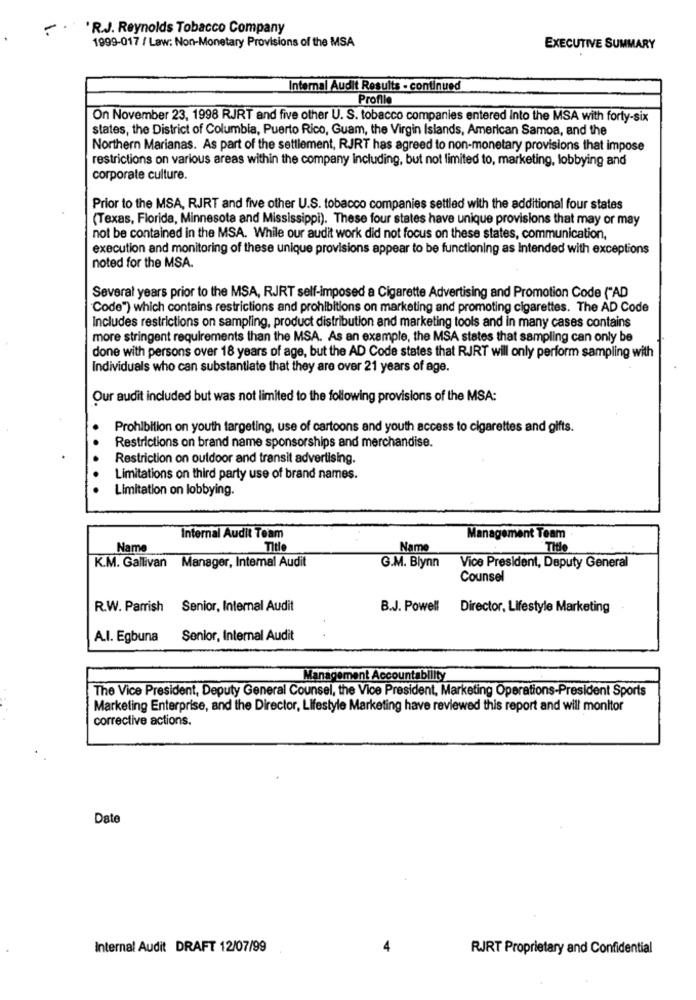
-
.R.J. Reynolds Tobacco Company
1999-017 / Law: Non-Monetary Provisions of the MSA
EXECUTIVE SUMMARY
Internal Audit Results - continued
Profile
On November 23, 1998 RJRT and five other U. S. tobacco companies entered Into the MSA with forty-six
states, the District of Columbia, Puerto Rico, Guam, the Virgin Islands, American Samoa, and the
Northern Marianas. As part of the settlement, RJRT has agreed to non-monetary provisions that impose
restrictions on various areas within the company including, but not limited to, marketing, lobbying and
corporate culture.
Prior to the MSA, RJRT and five other U.S. tobacco companies settled with the additional four states
(Texas, Florida, Minnesota and Mississippi). These four states have unique provisions that may or may
not be contained in the MSA. While our audit work did not focus on these states, communication,
execution and monitoring of these unique provisions appear to be functioning as Intended with exceptions
noted for the MSA.
Several years prior to the MSA, RJRT self-imposed a Cigarette Advertising and Promotion Code ("AD
Code") which contains restrictions and prohibitions on marketing and promoting cigarettes. The AD Code
Includes restrictions on sampling, product distribution and marketing tools and in many cases contains
more stringent requirements than the MSA. As an example, the MSA states that sampling can only be
done with persons over 18 years of age, but the AD Code states that RJRT will only perform sampling with
Individuals who can substantiate that they are over 21 years of age.
Our audit included but was not limited to the following provisions of the MSA:
Prohibition on youth targeting, use of cartoons and youth access to cigarettes and gifts.
Restrictions on brand name sponsorships and merchandise.
Restriction on outdoor and transit advertising.
Limitations on third party use of brand names.
Limitation on lobbying.
Internal Audit Team
Management Team
Name
Name
K.M. Gallivan Manager, Internal Audit
G.M. Blynn
Vice President, Deputy General
Counsel
R.W. Parrish Senior, Internal Audit
B.J. Powell
Director, Lifestyle Marketing
A.I. Egbuna
Senior, Internal Audit
Management Accountability
The Vice President, Deputy General Counsel, the Vice President, Marketing Operations-President Sports
Marketing Enterprise, and the Director, Lifestyle Marketing have reviewed this report and will monitor
corrective actions.
Date
Internal Audit DRAFT 12/07/99
RJRT Proprietary and Confidential